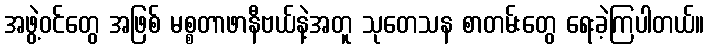
အဖွဲ့ဝင်တွေ အဖြစ် မစ္စတာဖာနီဗယ်နဲ့အတူ သုတေသန စာတမ်းတွေ ရေးခဲ့ကြပါတယ်။